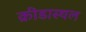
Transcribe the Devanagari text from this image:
क्रीडास्थल